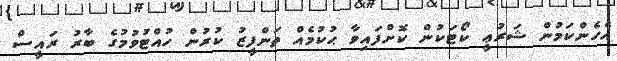
އެހެންކަމުން ޝަރުޢީ ކޯޓަކުން ކޮށްފައިވާ ޙުކުމެއް ތަންފީޒު ކުރުން ހުއްޓުވުމުގެ ބާރު ރައީސް